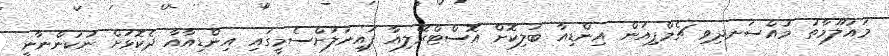
މައުލޫމާތު މުއްސަނދިވި ޗެމްޕިއަން އިންޑިއާ ބަލިކޮށް އޮސްޓްރޭލިއާ ފައިނަލަށްސެމީގައި އިންޑިއާއާ ދެކޮޅަށް ނުކުންނާނީ